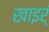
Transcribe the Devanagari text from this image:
खाइर्ं